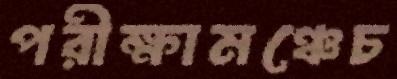
পরীক্ষামঞ্চেচ